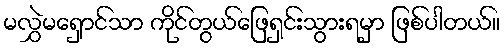
မလွှဲမရှောင်သာ ကိုင်တွယ်ဖြေရှင်းသွားရမှာ ဖြစ်ပါတယ်။